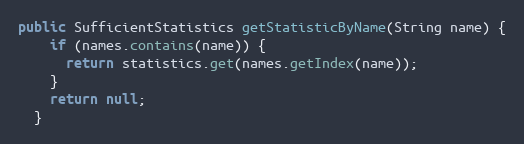
Language: Java
public SufficientStatistics getStatisticByName(String name) {
    if (names.contains(name)) {
      return statistics.get(names.getIndex(name));
    }
    return null;
  }